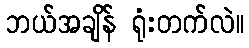
ဘယ်အချိန် ရုံးတက်လဲ။